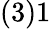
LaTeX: (3)1